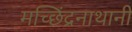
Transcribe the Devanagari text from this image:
मच्छिंद्रनाथानी